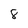
Character: 8